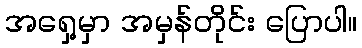
အရှေ့မှာ အမှန်တိုင်း ပြောပါ။